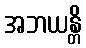
အဘယန္တိ